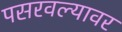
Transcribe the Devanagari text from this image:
पसरवल्यावर